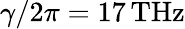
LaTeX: \gamma/2\pi=17\, \mathrm{THz}